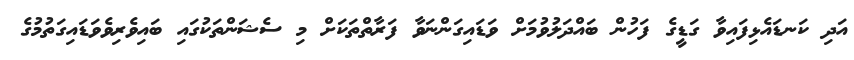
އަދި ކަނޑައެޅިފައިވާ ގަޑީގެ ފަހުން ބައްދަލުވުމަށް ވަޑައިގަންނަވާ ފަރާތްތަކަށް މި ސެޝަންތަކުގައި ބައިވެރިވެވަޑައިގަތުމުގެ